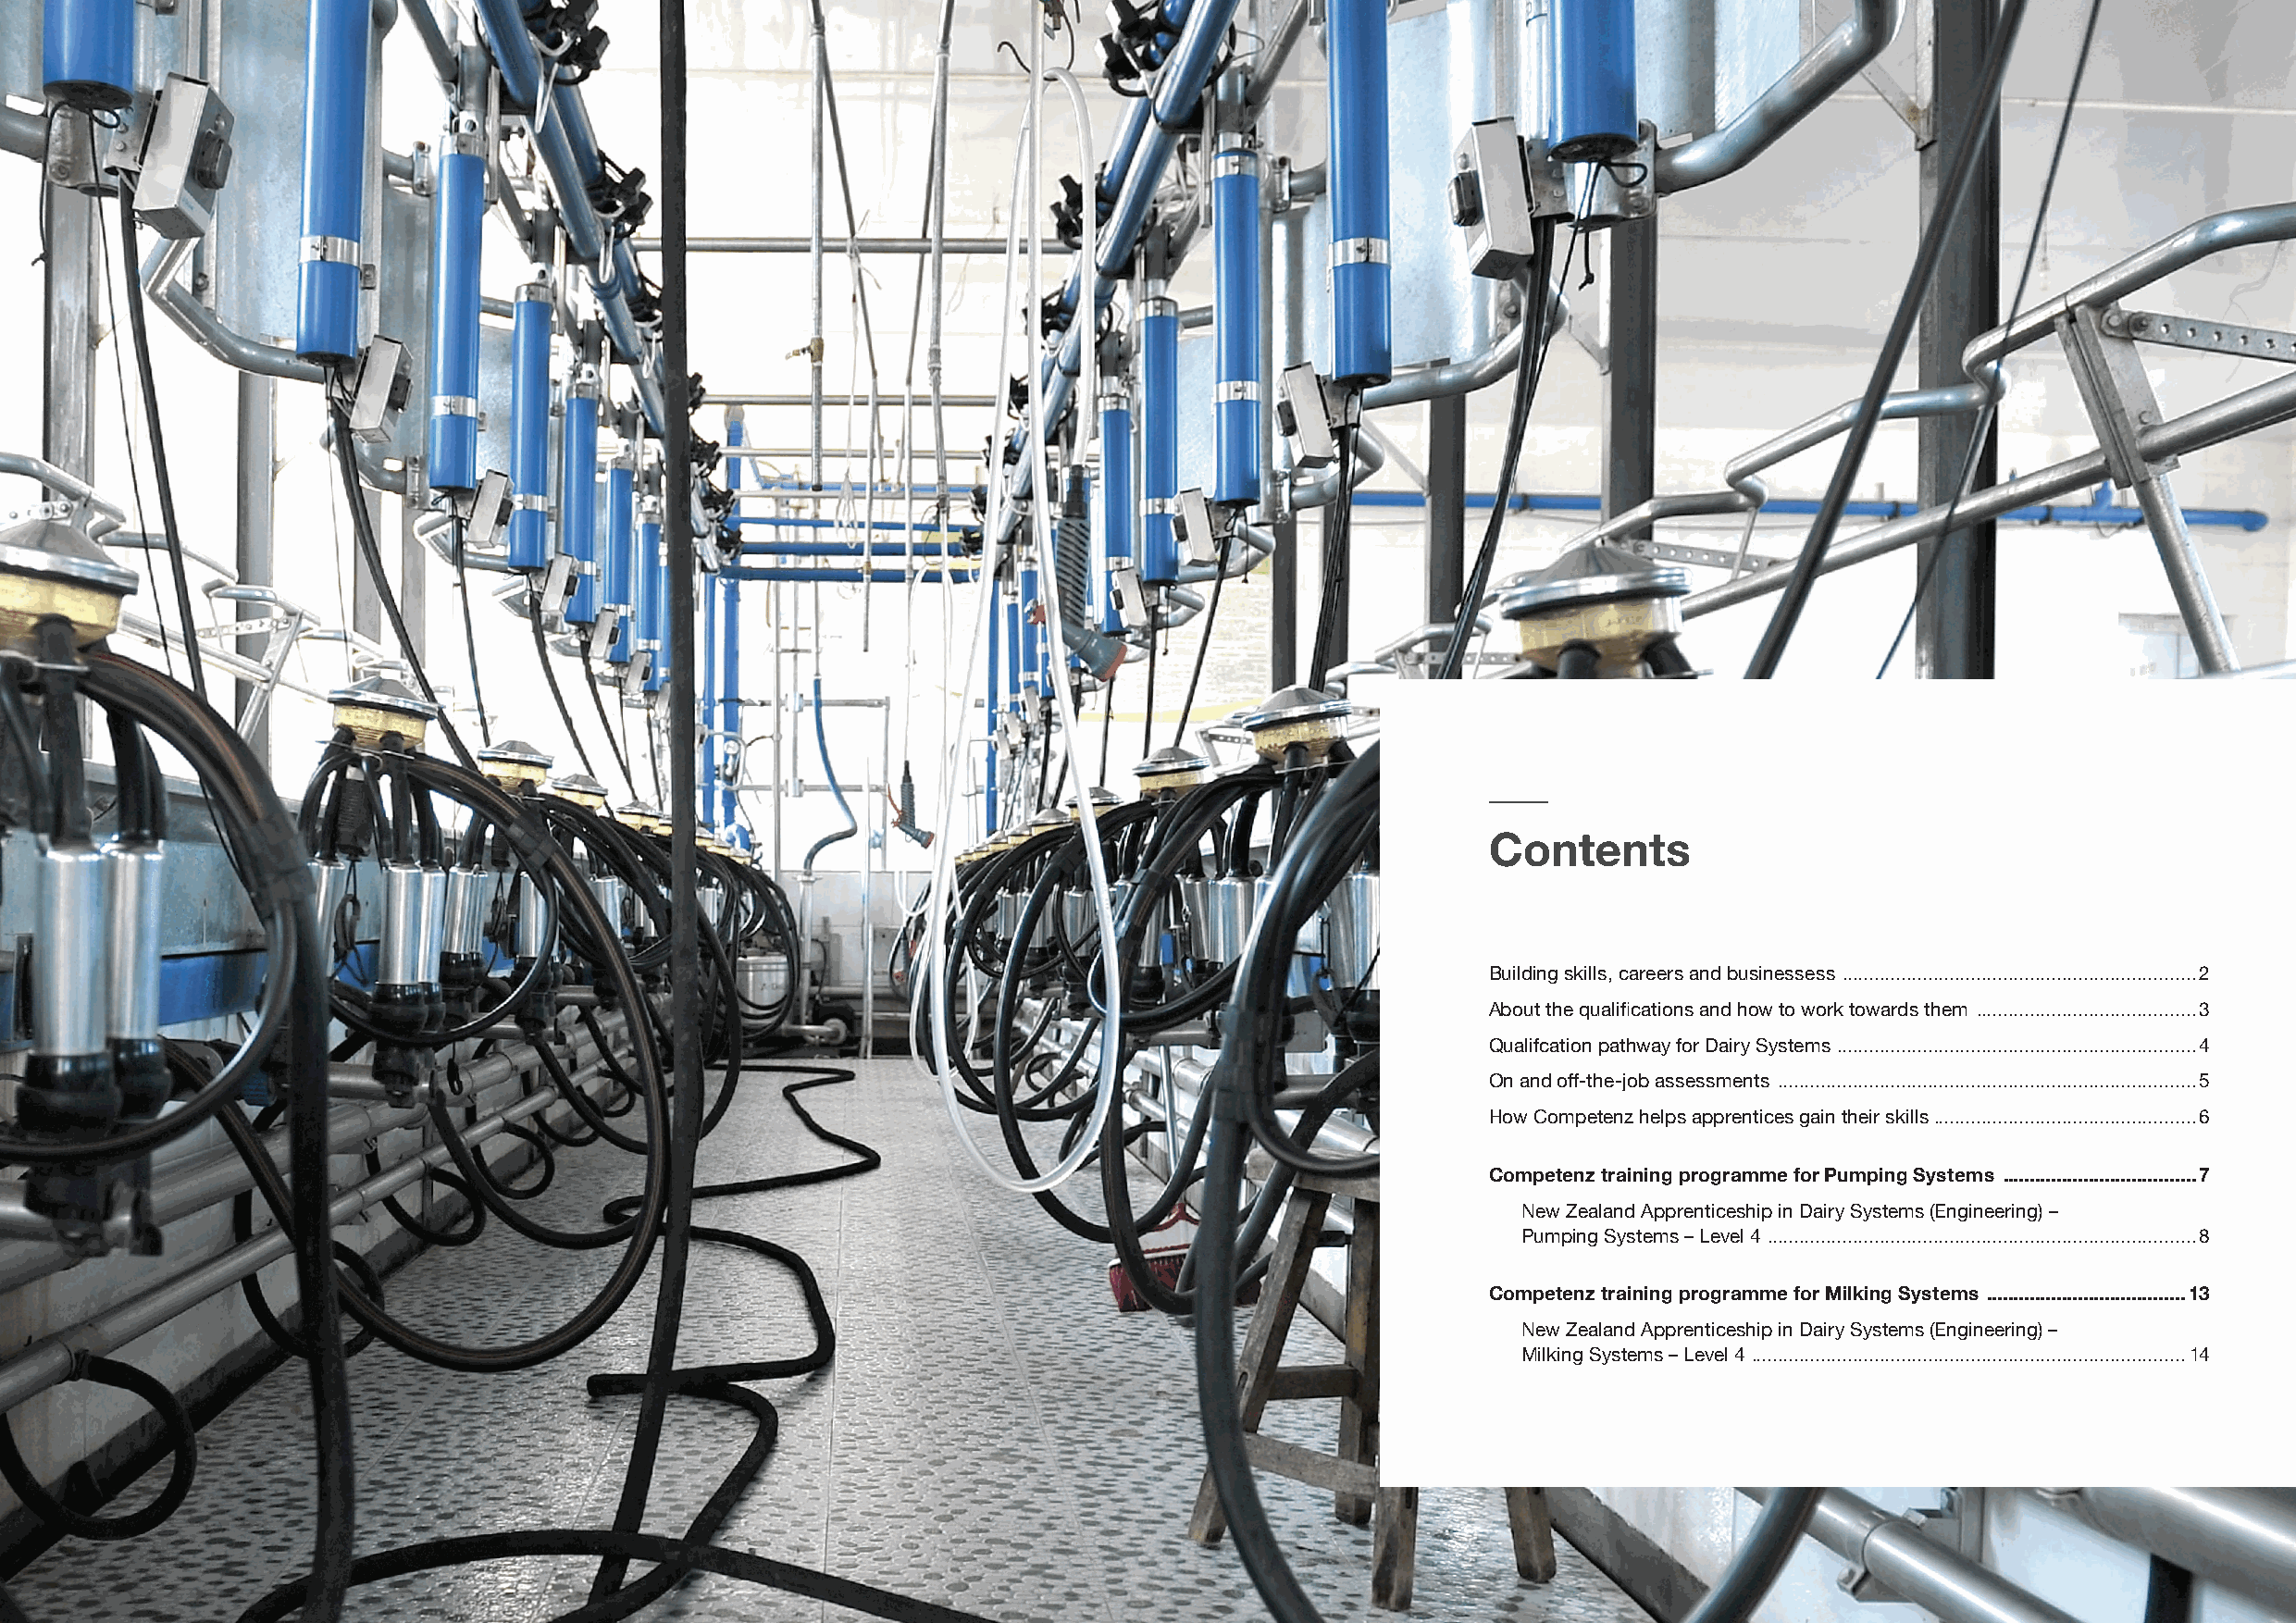
Contents
 Building skills, careers and businessess ..................................................................2
 About the qualifications and how to work towards them .........................................3
 Qualifcation pathway for Dairy Systems ...................................................................4
 On and off-the-job assessments ..............................................................................5
 How Competenz helps apprentices gain their skills .................................................6
 Competenz training programme for Pumping Systems ....................................7
 New Zealand Apprenticeship in Dairy Systems (Engineering) –
 Pumping Systems – Level 4 ................................................................................8
 Competenz training programme for Milking Systems .....................................13
 New Zealand Apprenticeship in Dairy Systems (Engineering) –
 Milking Systems – Level 4 .................................................................................14
 Competenz Dairy Systems (Engineering) training programme handbook 1